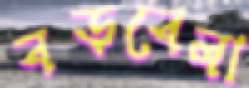
বড়বেলা